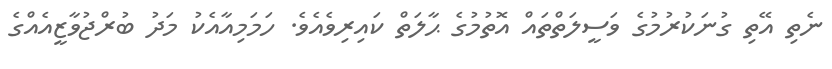
ނެތި އޭތި ގުނަކުރުމުގެ ވަސީލަތްތައް އޮތުމުގެ ޙާލަތް ކައިރިވެއެވެ. ހަމަމިއާއެކު މަދު ބުރްޖުވާޒީއެއްގެ